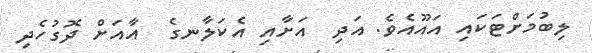
ލިބުމަށްޓަކައި އައޫއެވެ. އަދި  އަށާއި އެކަލާނގެ  އާއަށް ދޮގުހެދި